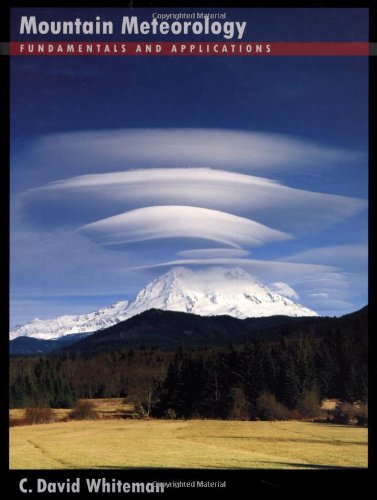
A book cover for Mountain Meteorology: Fundamentals and Applications; C. David Whiteman; Science & Math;